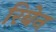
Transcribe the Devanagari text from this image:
रिबेन